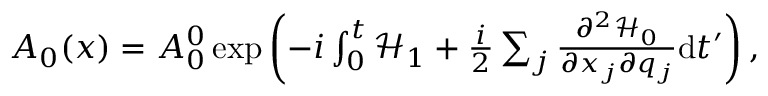
\begin{array} { r } { A _ { 0 } ( x ) = A _ { 0 } ^ { 0 } \exp \left( - i \int _ { 0 } ^ { t } \mathcal { H } _ { 1 } + \frac { i } { 2 } \sum _ { j } \frac { \partial ^ { 2 } \mathcal { H } _ { 0 } } { \partial x _ { j } \partial q _ { j } } \mathrm { d } t ^ { \prime } \right) , } \end{array}